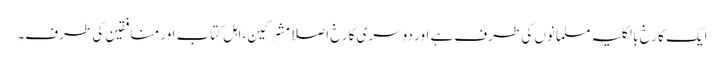
ایک کا رخ بالکلیہ مسلمانوں کی طرف ہے اور دوسری کا رخ اصلاً مشرکین، اہل کتاب اور منافقین کی طرف۔